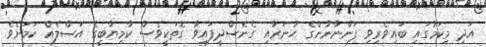
އަދި މިކަމުގައި ބައިވެރިވި ފަންނާނުންގެ ހުނަރާއި ގެނެސްދީފައިވާ ގޮތަކީވެސް ކާމިޔާބީގެ އަސްލެއް ކަމަށެވެ.